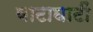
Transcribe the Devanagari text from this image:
वाटाघाटीं